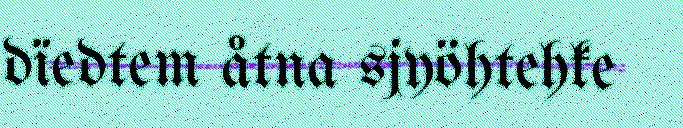
dïedtem åtna sjyöhtehke